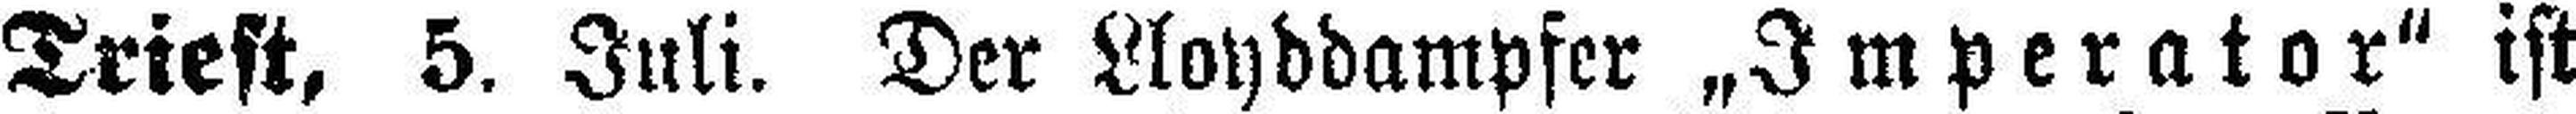
Triest, 5. Juli. Der Lloyddampfer „Imperator“ ist